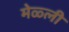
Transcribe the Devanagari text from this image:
मेळ्ली